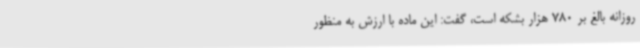
روزانه بالغ بر 780 هزار بشکه است، گفت: این ماده با ارزش به منظور